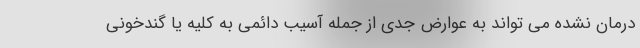
درمان نشده می تواند به عوارض جدی از جمله آسیب دائمی به کلیه یا گندخونی